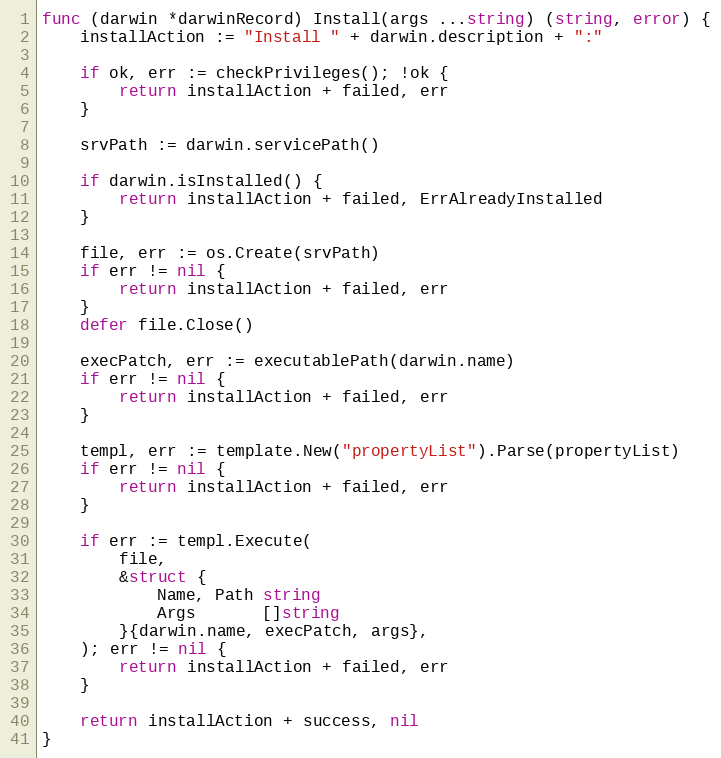
Language: Go
func (darwin *darwinRecord) Install(args ...string) (string, error) {
	installAction := "Install " + darwin.description + ":"

	if ok, err := checkPrivileges(); !ok {
		return installAction + failed, err
	}

	srvPath := darwin.servicePath()

	if darwin.isInstalled() {
		return installAction + failed, ErrAlreadyInstalled
	}

	file, err := os.Create(srvPath)
	if err != nil {
		return installAction + failed, err
	}
	defer file.Close()

	execPatch, err := executablePath(darwin.name)
	if err != nil {
		return installAction + failed, err
	}

	templ, err := template.New("propertyList").Parse(propertyList)
	if err != nil {
		return installAction + failed, err
	}

	if err := templ.Execute(
		file,
		&struct {
			Name, Path string
			Args       []string
		}{darwin.name, execPatch, args},
	); err != nil {
		return installAction + failed, err
	}

	return installAction + success, nil
}